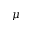
\mu